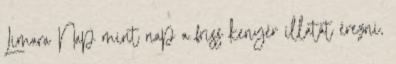
Limara Nap mint nap a friss kenyér illatát érezni,